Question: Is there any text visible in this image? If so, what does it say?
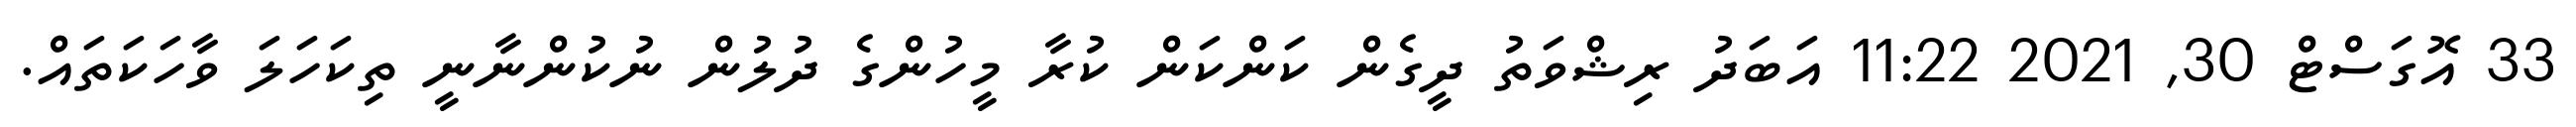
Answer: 33 އޮގަސްޓް 30, 2021 11:22 އަބަދު ރިޝްވަތު ދީގެން ކަންކަން ކުރާ މީހުންގެ ދުލުން ނުކުންނާނީ ތިކަހަލަ ވާހަކަތައް.